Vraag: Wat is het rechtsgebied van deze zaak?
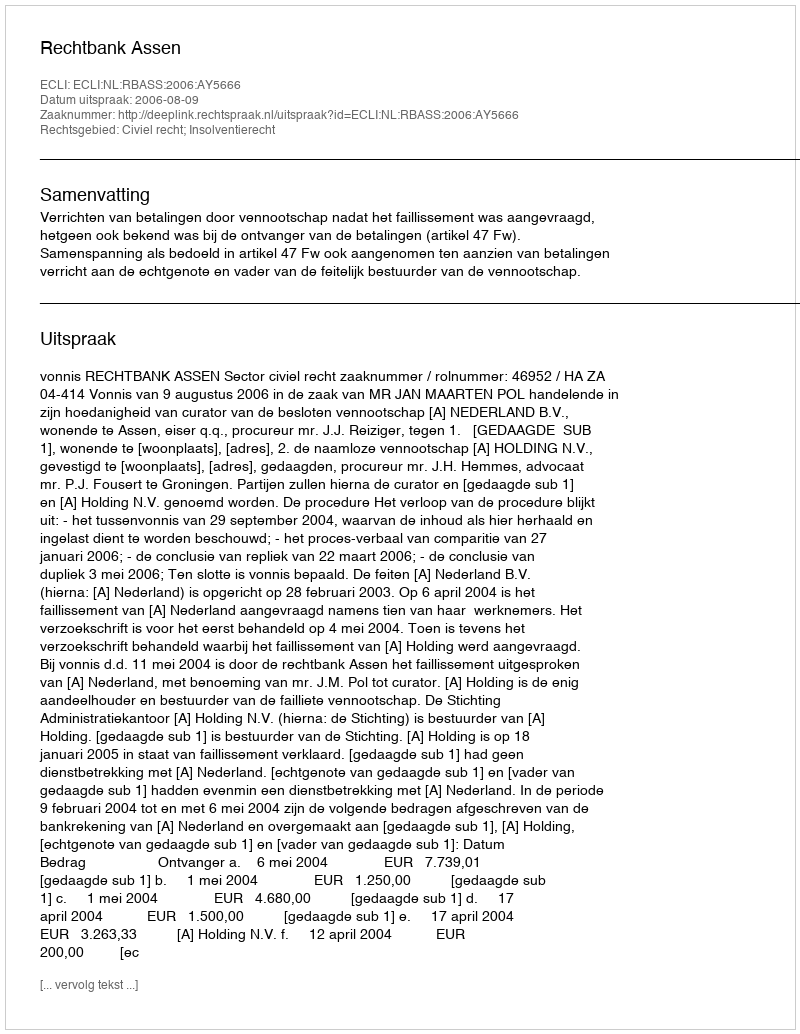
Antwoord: Civiel recht; Insolventierecht